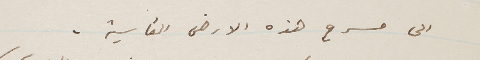
الى مسرح هذه الارض القاسية.